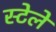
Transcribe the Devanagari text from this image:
स्टेले